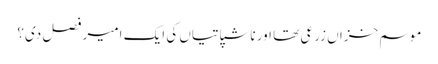
موسم خزاں زرعی تھا اور ناشپاتیاں کی ایک امیر فصل دی؟